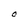
Character: O